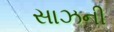
સાઝની